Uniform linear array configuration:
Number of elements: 48
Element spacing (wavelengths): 1
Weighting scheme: hann
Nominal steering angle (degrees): -30
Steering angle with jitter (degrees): -29.855
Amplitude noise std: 0.05
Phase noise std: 0.05

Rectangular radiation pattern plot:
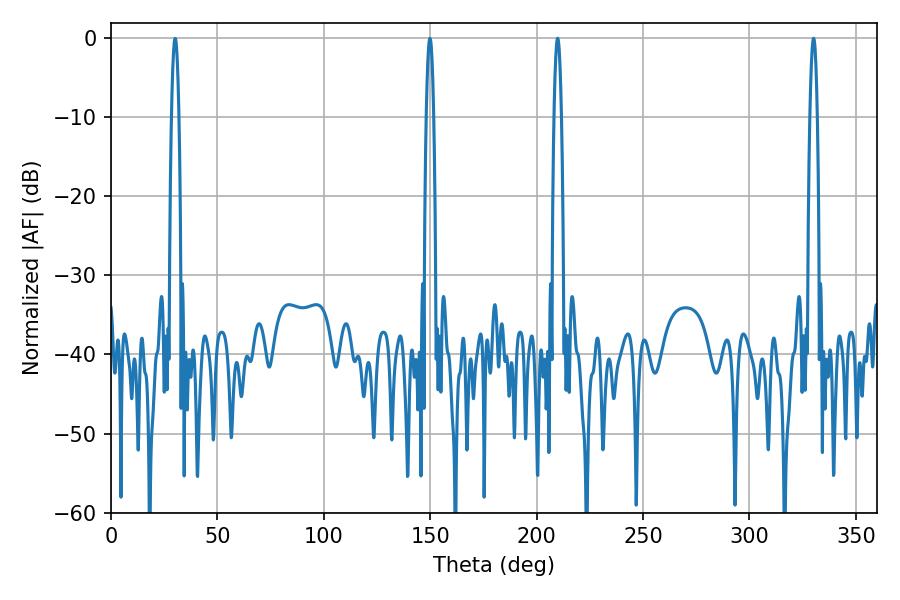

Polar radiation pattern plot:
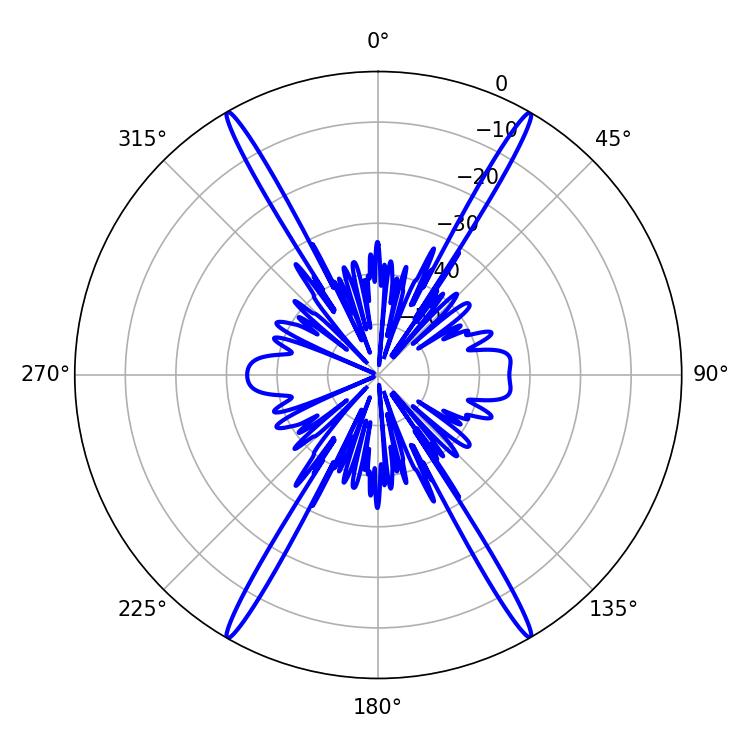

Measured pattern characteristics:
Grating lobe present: TRUE
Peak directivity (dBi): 36.39
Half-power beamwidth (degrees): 1.8
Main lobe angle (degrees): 330.12